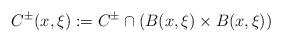
LaTeX: \begin{align*}C^\pm(x,\xi):=C^\pm\cap (B(x,\xi)\times B(x,\xi))\end{align*}